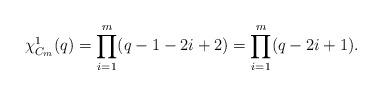
LaTeX: \begin{align*}\chi^1_{C_m}(q)=\prod_{i = 1}^{m}(q-1-2i+2)=\prod_{i = 1}^{m}(q-2i+1).\end{align*}